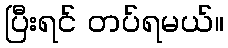
ပြီးရင် တပ်ရမယ်။